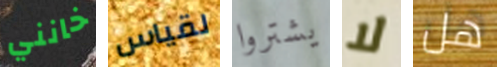
خانني لقياس يشتروا لا هل